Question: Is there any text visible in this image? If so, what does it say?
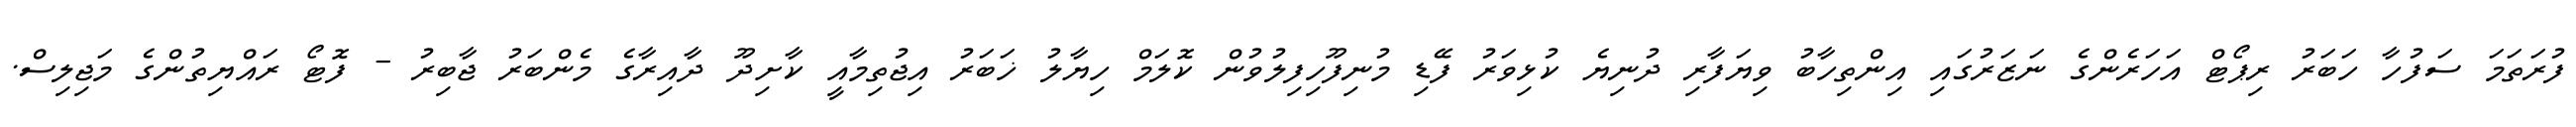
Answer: ފުރަތަމަ ސަފުހާ ހަބަރު ރިޕޯޓް އަހަރެންގެ ނަޒަރުގައި އިންތިހާބު ވިޔަފާރި ދުނިޔެ ކުޅިވަރު ފޭޑި މުނިފޫހިފިލުވުން ކޮލަމް ހިޔާލު ޚަބަރު އިޖުތިމާއީ ކާށިދޫ ދާއިރާގެ މެންބަރު ޖާބިރު - ފޮޓޯ ރައްޔިތުންގެ މަޖިލިސް.